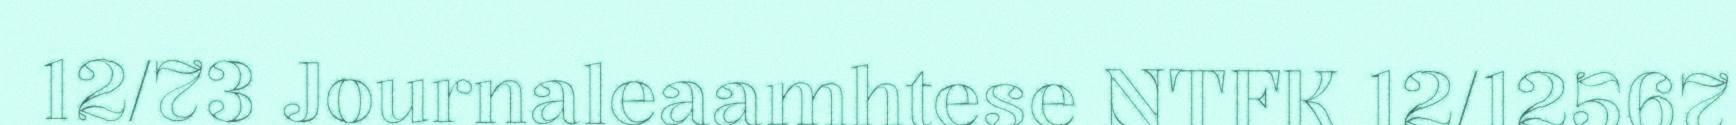
12/73 Journaleaamhtese NTFK 12/12567